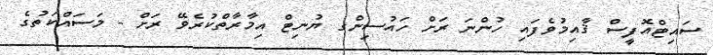
ސައިޓްއޮފީސް ޤާއިމުވެފައި ހުންނަ ރަށް ހައުސިންގ ޔުނިޓް އިމާރާތްކުރެވޭ ރަށް - މަސައްކަތުގެ